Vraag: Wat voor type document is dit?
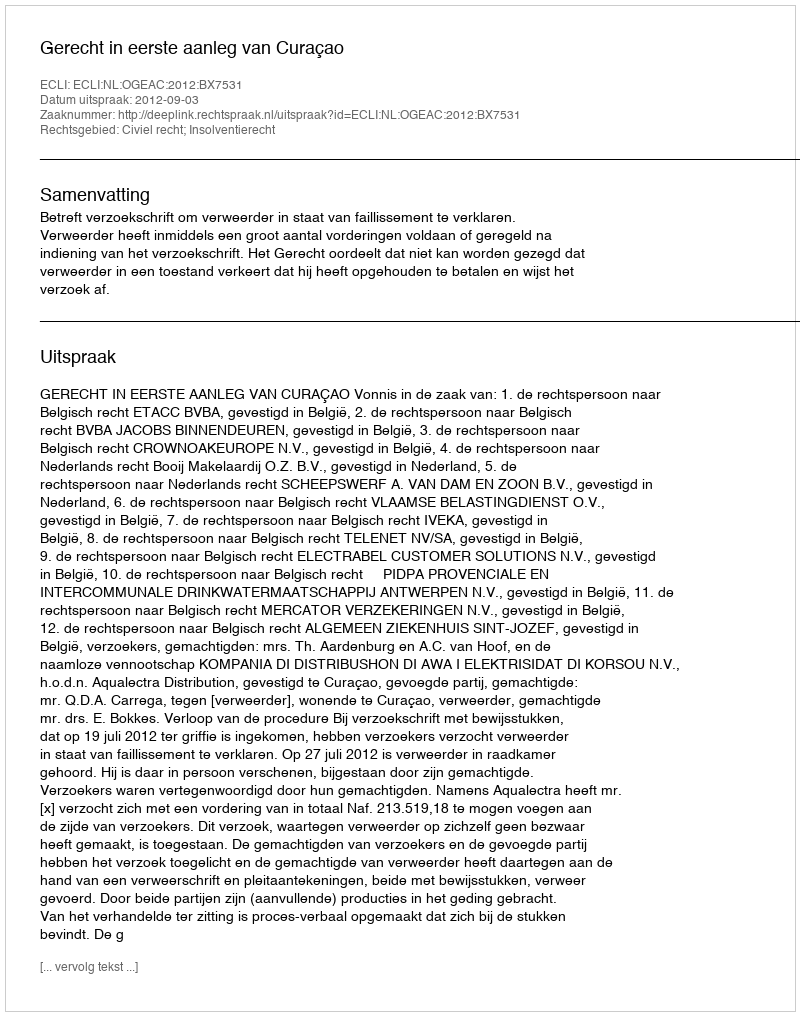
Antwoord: Uitspraak